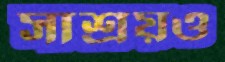
সাশ্রয়ও